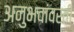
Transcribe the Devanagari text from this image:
अनुभवांवरती